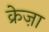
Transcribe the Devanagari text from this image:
क्रेज़ा